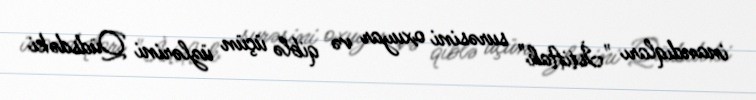
inandıqları "İstiftah" surəsini oxuyar və qiblə üçün üzlərini Qüdsdəki